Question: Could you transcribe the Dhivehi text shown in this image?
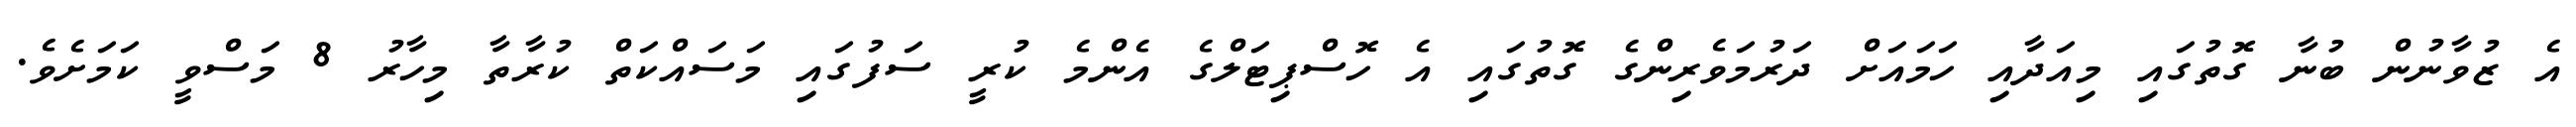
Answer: އެ ޒުވާނުން ބުނާ ގޮތުގައި މިއަދާއި ހަމައަށް ދަރުމަވެރިންގެ ގޮތުގައި އެ ހޮސްޕިޓަލްގެ އެންމެ ކުރީ ސަފުގައި މަސައްކަތް ކުރާތާ މިހާރު 8 މަސްވީ ކަމަށެވެ.